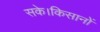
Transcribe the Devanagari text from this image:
सके।किसानों